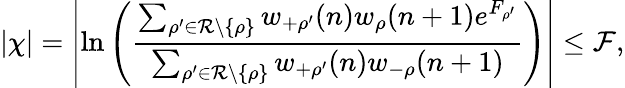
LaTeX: |\chi|=\left|\ln\left(\frac{\sum_{\rho^{\prime}\in\mathcal{R}\setminus\{ \rho\} }w_{+\rho^{\prime}}(n)w_{\rho}(n+1)e^{F_{\rho^{\prime}}}}{\sum_{\rho^{\prime}\in\mathcal{R}\setminus\{ \rho\} }w_{+\rho^{\prime}}(n)w_{-\rho}(n+1)}\right)\right|\le{\mathcal F},